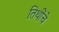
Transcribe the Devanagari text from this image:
तिथींचे